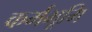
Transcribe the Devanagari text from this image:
कर्मभूमि